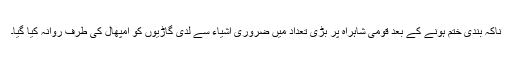
ناکہ بندی ختم ہونے کے بعد قومی شاہراہ پر بڑی تعداد میں ضروری اشیاء سے لدی گاڑیوں کو امپھال کی طرف روانہ کیا گیا۔